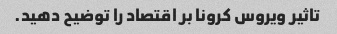
تاثیر ویروس کرونا بر اقتصاد را توضیح دهید.